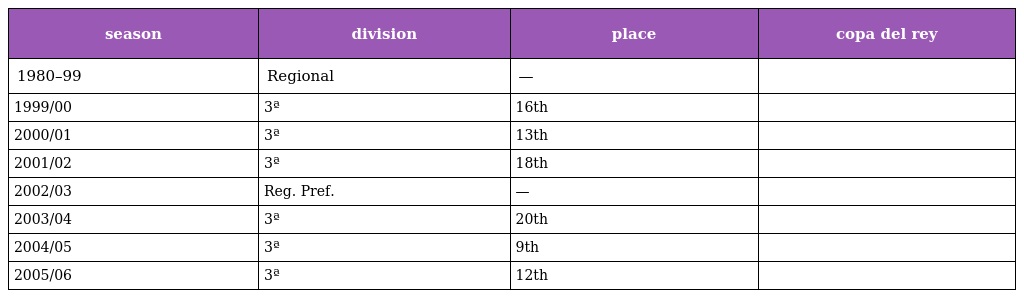
| season | division | place | copa del rey |
 | --- | --- | --- | --- |
 | 1980–99 | Regional | — |  |
 | 1999/00 | 3ª | 16th |  |
 | 2000/01 | 3ª | 13th |  |
 | 2001/02 | 3ª | 18th |  |
 | 2002/03 | Reg. Pref. | — |  |
 | 2003/04 | 3ª | 20th |  |
 | 2004/05 | 3ª | 9th |  |
 | 2005/06 | 3ª | 12th |  |